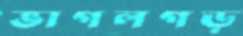
ভাগলগড়